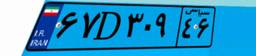
۶۷D۳۰۹۴۶